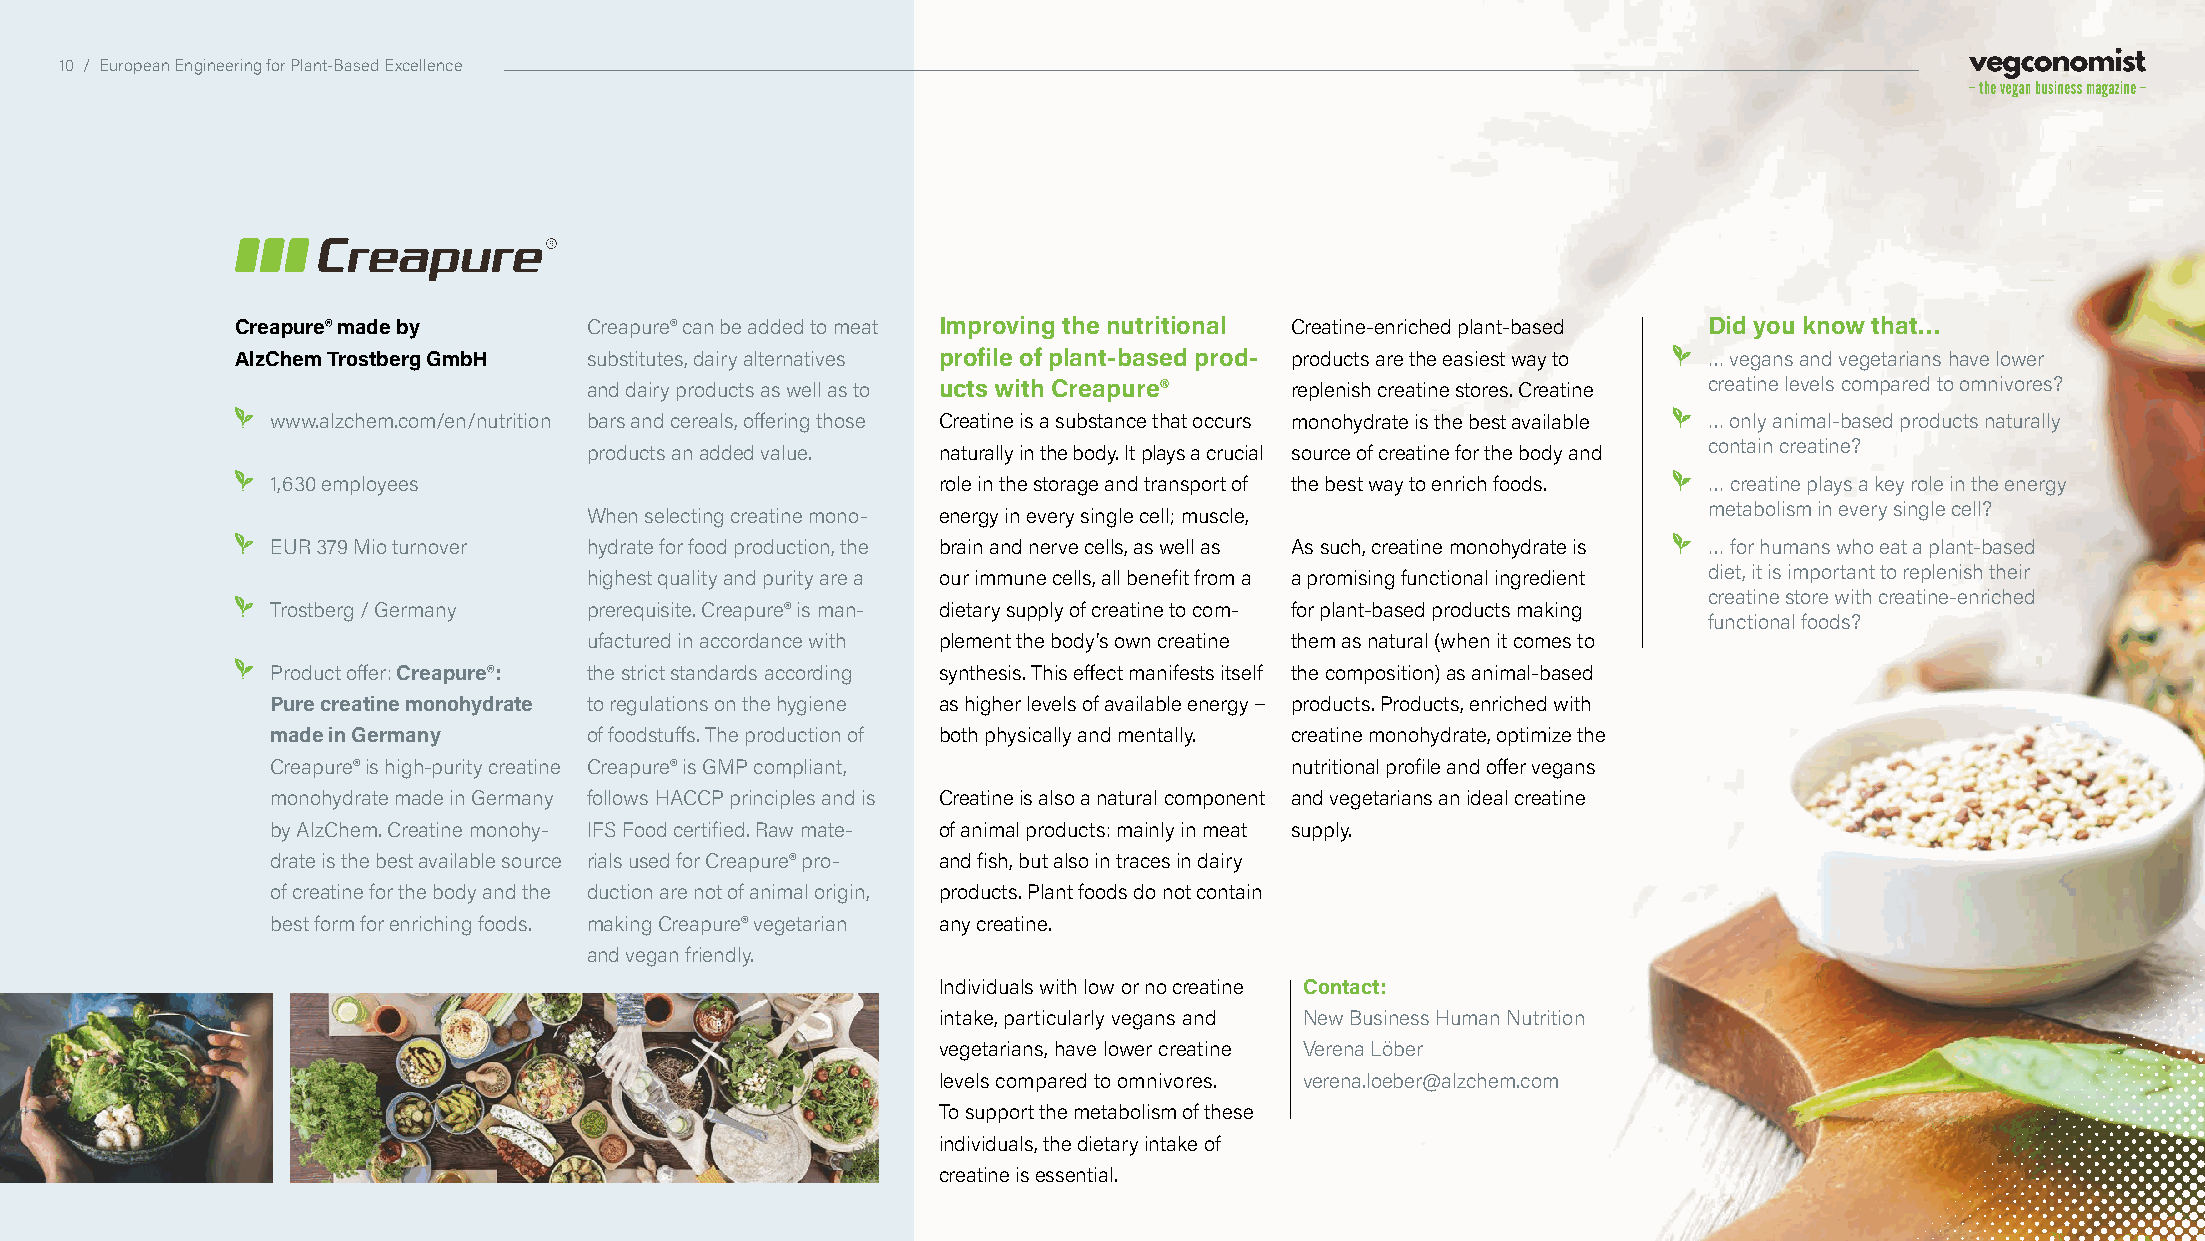
10 / European Engineering for Plant-Based Excellence
 Creapure® made by      Creapure® can be added to meat Improving the nutritional Creatine-enriched plant-based Did you know that…
 AlzChem Trostberg GmbH substitutes, dairy alternatives profile of plant-based prod- products are the easiest way to … vegans and vegetarians have lower
 and dairy products as well as to ucts with Creapure® replenish creatine stores. Creatine creatine levels compared to omnivores?
 www.alzchem.com/en/nutrition bars and cereals, offering those Creatine is a substance that occurs monohydrate is the best available … only animal-based products naturally
 contain creatine?
 products an added value. naturally in the body. It plays a crucial source of creatine for the body and
 1,630 employees                             role in the storage and transport of the best way to enrich foods. … creatine plays a key role in the energy
 metabolism in every single cell?
 When selecting creatine mono- energy in every single cell; muscle,
 EUR 379 Mio turnover hydrate for food production, the brain and nerve cells, as well as As such, creatine monohydrate is … for humans who eat a plant-based
 diet, it is important to replenish their
 highest quality and purity are a our immune cells, all benefit from a a promising functional ingredient
 creatine store with creatine-enriched
 Trostberg / Germany  prerequisite. Creapure® is man- dietary supply of creatine to com- for plant-based products making
 functional foods?
 ufactured in accordance with plement the body’s own creatine them as natural (when it comes to
 Product offer: Creapure®: the strict standards according synthesis. This effect manifests itself the composition) as animal-based
 Pure creatine monohydrate to regulations on the hygiene as higher levels of available energy – products. Products, enriched with
 made in Germany      of foodstuffs. The production of both physically and mentally. creatine monohydrate, optimize the
 Creapure® is high-purity creatine Creapure® is GMP compliant,      nutritional profile and offer vegans
 monohydrate made in Germany follows HACCP principles and is Creatine is also a natural component and vegetarians an ideal creatine
 by AlzChem. Creatine monohy- IFS Food certified. Raw mate- of animal products: mainly in meat supply.
 drate is the best available source rials used for Creapure® pro- and fish, but also in traces in dairy
 of creatine for the body and the duction are not of animal origin, products. Plant foods do not contain
 best form for enriching foods. making Creapure® vegetarian any creatine.
 and vegan friendly.
 Individuals with low or no creatine Contact:
 intake, particularly vegans and New Business Human Nutrition
 vegetarians, have lower creatine Verena Löber
 levels compared to omnivores. verena.loeber@alzchem.com
 To support the metabolism of these
 individuals, the dietary intake of
 creatine is essential.